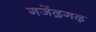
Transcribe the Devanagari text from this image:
गजेंद्रगढ़